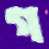
গ